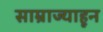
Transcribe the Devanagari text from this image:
साम्राज्याहून